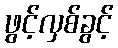
ဖွင့်လှစ်ခွင့်